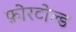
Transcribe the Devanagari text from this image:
फ़ोरटोल्ड